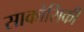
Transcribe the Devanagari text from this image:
साकोसिकी